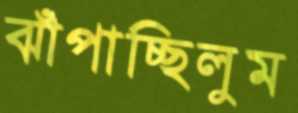
ঝাঁপাচ্ছিলুম